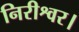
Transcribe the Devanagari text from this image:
निरीश्वर।